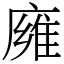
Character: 㢕